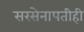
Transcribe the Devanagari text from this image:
सरसेनापतीही